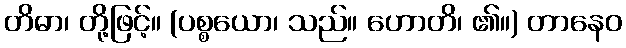
တိဓာ၊ တို့ဖြင့်။ (ပစ္စယော၊ သည်။ ဟောတိ၊ ၏။) တာနေဝ